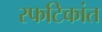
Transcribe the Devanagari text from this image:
स्फटिकांत